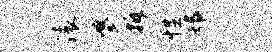
滚婆拆性鄂